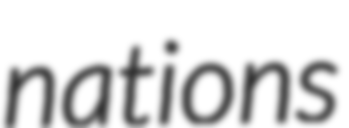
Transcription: nations